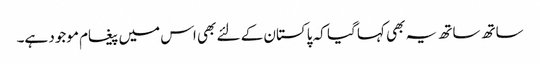
ساتھ ساتھ یہ بھی کہا گیا کہ پاکستان کے لئے بھی اس میں پیغام موجود ہے۔